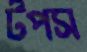
টপস